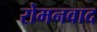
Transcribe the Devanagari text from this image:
रोमनवाद